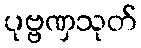
ပုဗ္ဗဏှသုတ်